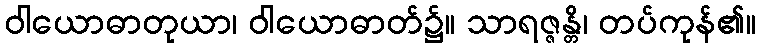
ဝါယောဓာတုယာ၊ ဝါယောဓာတ်၌။ သာရဇ္ဇန္တိ၊ တပ်ကုန်၏။